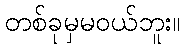
တစ်ခုမှမဝယ်ဘူး။